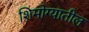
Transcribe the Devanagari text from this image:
शिमोग्यातील